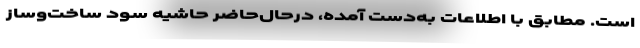
است. مطابق با اطلاعات به‌دست آمده، درحال‌حاضر حاشیه سود ساخت‌وساز